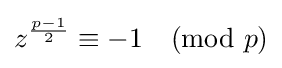
z^{\frac {p-1}{2}}\equiv -1{\pmod {p}}